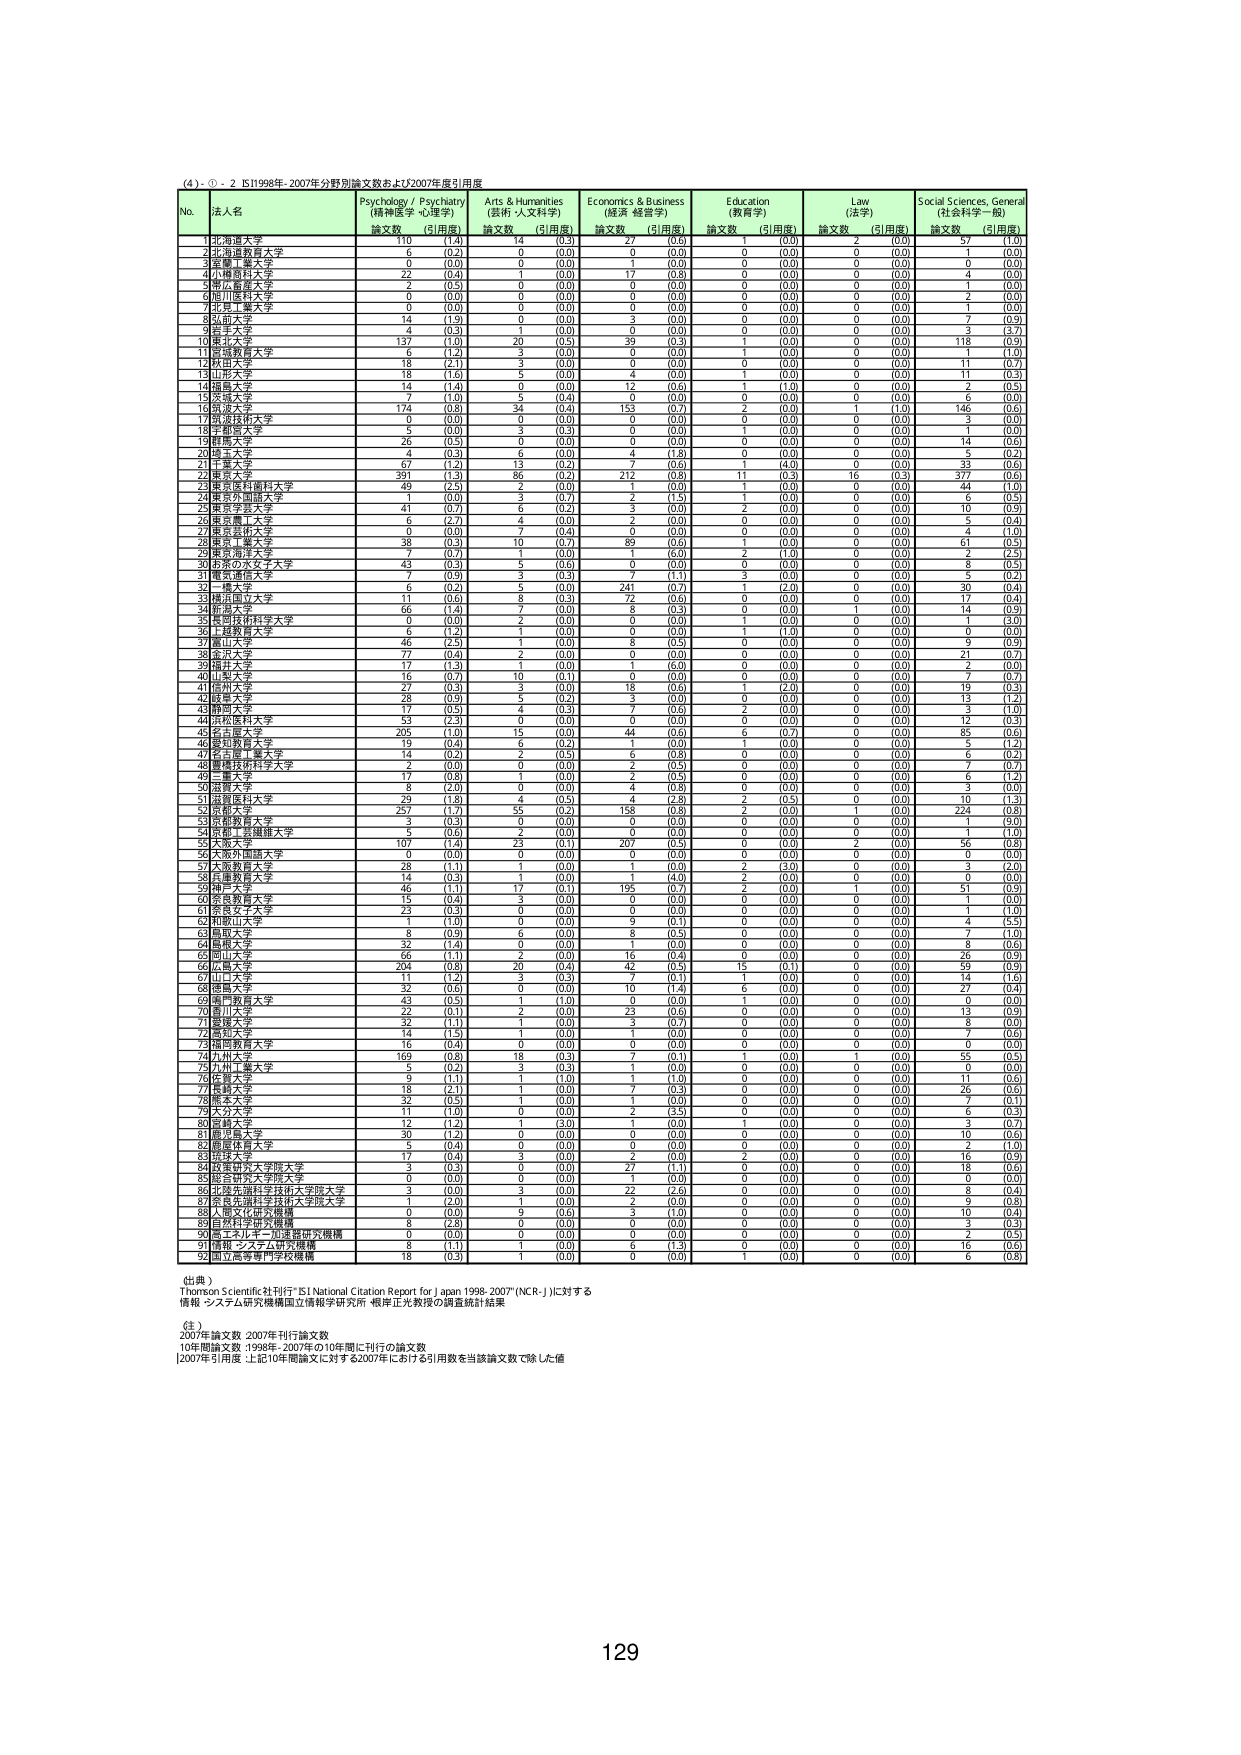
(4)・①・2 IS11998年-2007年分野別論文数および2007年度引用度

No. 法人名 Psychology / Psychiatry (精神医学・心理学) Arts & Humanities (芸術・人文科学) Economics & Business (経済・経営学) Education (教育学) Law (法学) Social Sciences, General (社会科学一般)
論文数 (引用度) 論文数 (引用度) 論文数 (引用度) 論文数 (引用度) 論文数 (引用度) 論文数 (引用度)
1 北海道大学 110 (1.4) 14 (0.3) 27 (0.6) 0 (0.0) 2 (0.0) 57 (1.6)
2 北海道教育大学 6 (0.2) 0 (0.0) 0 (0.0) 0 (0.0) 0 (0.0) 1 (0.0)
3 京都工芸繊維大学 0 (0.0) 0 (0.0) 1 (0.0) 0 (0.0) 0 (0.0) 0 (0.0)
4 小樽商科大学 22 (0.4) 1 (0.0) 17 (0.8) 0 (0.0) 0 (0.0) 4 (0.0)
5 札幌医科大学 2 (0.5) 0 (0.0) 0 (0.0) 0 (0.0) 0 (0.0) 1 (0.0)
6 旭川医科大学 0 (0.0) 0 (0.0) 0 (0.0) 0 (0.0) 0 (0.0) 2 (0.0)
7 北見工業大学 0 (0.0) 0 (0.0) 0 (0.0) 0 (0.0) 0 (0.0) 1 (0.0)
8 釧路大学 14 (1.9) 0 (0.0) 3 (0.0) 0 (0.0) 0 (0.0) 7 (0.9)
9 帯広大学 4 (0.3) 1 (0.0) 0 (0.0) 0 (0.0) 0 (0.0) 3 (3.7)
10 東北大学 137 (1.0) 20 (0.5) 39 (0.3) 1 (0.0) 0 (0.0) 118 (0.9)
11 宮城教育大学 6 (1.2) 3 (0.0) 0 (0.0) 1 (0.0) 0 (0.0) 61 (1.0)
12 秋田大学 18 (7.1) 3 (0.0) 0 (0.0) 0 (0.0) 0 (0.0) 11 (0.7)
13 山形大学 18 (1.6) 5 (0.0) 4 (0.0) 1 (0.0) 0 (0.0) 11 (0.3)
14 福島大学 14 (1.4) 0 (0.0) 12 (0.6) 1 (1.0) 0 (0.0) 2 (0.5)
15 茨城大学 7 (1.0) 5 (0.4) 0 (0.0) 0 (0.0) 0 (0.0) 6 (0.0)
16 筑波大学 174 (0.8) 34 (0.4) 153 (0.7) 2 (0.0) 1 (1.0) 146 (0.6)
17 筑波技術大学 0 (0.0) 0 (0.0) 0 (0.0) 0 (0.0) 0 (0.0) 3 (0.0)
18 宇都宮大学 5 (0.0) 3 (0.3) 0 (0.0) 1 (0.0) 0 (0.0) 1 (0.0)
19 群馬大学 26 (0.5) 0 (0.0) 0 (0.0) 0 (0.0) 0 (0.0) 14 (0.6)
20 埼玉大学 4 (0.3) 6 (0.0) 4 (1.8) 0 (0.0) 0 (0.0) 5 (0.2)
21 千葉大学 67 (1.2) 13 (0.2) 7 (0.6) 1 (4.0) 0 (0.0) 33 (0.6)
22 東京大学 391 (1.3) 86 (0.2) 212 (0.8) 11 (0.3) 16 (0.3) 377 (0.6)
23 東京医科歯科大学 49 (2.5) 2 (0.0) 1 (0.0) 1 (0.0) 0 (0.0) 44 (1.0)
24 東京外国語大学 1 (0.0) 3 (0.7) 2 (1.5) 1 (0.0) 0 (0.0) 6 (0.5)
25 東京学芸大学 41 (0.7) 6 (0.2) 3 (0.0) 0 (0.0) 0 (0.0) 10 (0.9)
26 東京農工大学 6 (2.7) 4 (0.0) 2 (0.0) 0 (0.0) 0 (0.0) 5 (0.4)
27 東京芸術大学 0 (0.0) 7 (0.4) 0 (0.0) 0 (0.0) 0 (0.0) 4 (1.0)
28 東京工業大学 38 (0.3) 10 (0.7) 89 (0.6) 1 (0.0) 0 (0.0) 61 (0.0)
29 東京海洋大学 7 (0.7) 1 (0.0) 1 (6.0) 2 (1.0) 0 (0.0) 2 (2.5)
30 お茶の水女子大学 43 (0.3) 5 (0.6) 0 (0.0) 0 (0.0) 0 (0.0) 8 (0.5)
31 電気通信大学 7 (0.9) 3 (0.3) 7 (1.1) 3 (0.0) 0 (0.0) 5 (0.2)
32 一橋大学 6 (0.2) 5 (0.0) 241 (0.7) 1 (2.0) 0 (0.0) 30 (0.4)
33 横浜国立大学 11 (0.6) 8 (0.3) 72 (0.6) 0 (0.0) 0 (0.0) 17 (0.4)
34 新潟大学 66 (1.4) 7 (0.0) 8 (0.3) 0 (0.0) 1 (0.0) 14 (0.9)
35 長岡技術科学大学 0 (0.0) 2 (0.0) 0 (0.0) 0 (0.0) 0 (0.0) 1 (3.0)
36 上越教育大学 6 (1.2) 1 (0.0) 0 (0.0) 1 (1.0) 0 (0.0) 0 (0.0)
37 富山大学 46 (2.5) 1 (0.0) 8 (0.5) 0 (0.0) 0 (0.0) 9 (0.9)
38 金沢大学 77 (0.4) 2 (0.0) 0 (0.0) 0 (0.0) 0 (0.0) 21 (0.7)
39 福井大学 17 (1.3) 1 (0.0) 1 (6.0) 0 (0.0) 0 (0.0) 2 (0.0)
40 山梨大学 16 (0.7) 10 (0.1) 0 (0.0) 0 (0.0) 0 (0.0) 7 (0.7)
41 静岡大学 27 (0.3) 3 (0.0) 18 (0.6) 1 (2.0) 0 (0.0) 19 (0.3)
42 愛知大学 26 (0.9) 5 (0.2) 3 (0.0) 0 (0.0) 0 (0.0) 13 (1.2)
43 静岡大学 17 (0.5) 4 (0.3) 7 (0.6) 2 (0.0) 0 (0.0) 3 (1.0)
44 浜松医科大学 53 (2.3) 0 (0.0) 0 (0.0) 0 (0.0) 0 (0.0) 12 (0.3)
45 名古屋大学 205 (1.0) 15 (1.0) 44 (0.6) 6 (0.7) 0 (0.0) 85 (0.6)
46 愛知教育大学 19 (0.4) 6 (0.2) 1 (0.0) 1 (0.0) 0 (0.0) 5 (1.2)
47 名古屋工業大学 14 (0.2) 2 (0.5) 6 (0.8) 0 (0.0) 0 (0.0) 6 (0.2)
48 愛知芸術短期大学 2 (0.0) 0 (0.0) 2 (0.5) 0 (0.0) 0 (0.0) 7 (0.9)
49 三重大学 17 (0.8) 1 (0.0) 2 (0.5) 0 (0.0) 0 (0.0) 6 (1.2)
50 滋賀大学 8 (2.0) 0 (0.0) 4 (0.8) 0 (0.0) 0 (0.0) 3 (0.0)
51 京都教育大学 29 (1.8) 4 (0.5) 4 (2.8) 2 (0.5) 0 (0.0) 10 (1.3)
52 京都大学 257 (1.7) 55 (0.2) 158 (0.8) 2 (0.0) 1 (0.0) 224 (0.8)
53 京都薬科大学 3 (0.3) 0 (0.0) 0 (0.0) 0 (0.0) 0 (0.0) 1 (9.0)
54 京都工芸繊維大学 5 (0.6) 2 (0.0) 0 (0.0) 0 (0.0) 0 (0.0) 0 (1.0)
55 大阪大学 107 (1.4) 23 (0.1) 207 (0.5) 2 (0.0) 2 (0.0) 56 (0.8)
56 大阪外国語大学 0 (0.0) 0 (0.0) 0 (0.0) 0 (0.0) 0 (0.0) 0 (0.0)
57 大阪教育大学 28 (1.1) 1 (0.0) 1 (0.0) 2 (3.0) 0 (0.0) 3 (2.0)
58 兵庫教育大学 14 (0.3) 1 (0.0) 2 (4.0) 0 (0.0) 0 (0.0) 0 (0.0)
59 神戸大学 46 (1.1) 17 (0.1) 195 (0.7) 2 (0.0) 1 (0.0) 51 (0.9)
60 奈良教育大学 15 (0.4) 3 (0.0) 0 (0.0) 0 (0.0) 0 (0.0) 1 (0.0)
61 奈良女子大学 23 (0.3) 0 (0.0) 0 (0.0) 0 (0.0) 0 (0.0) 1 (1.0)
62 和歌山大学 1 (1.0) 0 (0.0) 9 (0.1) 0 (0.0) 0 (0.0) 4 (5.3)
63 鳥取大学 8 (0.9) 6 (0.0) 8 (0.5) 0 (0.0) 0 (0.0) 7 (1.0)
64 島根大学 32 (1.4) 0 (0.0) 1 (0.0) 0 (0.0) 0 (0.0) 8 (0.6)
65 岡山大学 66 (1.1) 2 (0.0) 16 (0.4) 0 (0.0) 0 (0.0) 26 (0.9)
66 広島大学 204 (0.8) 20 (0.4) 42 (0.5) 15 (0.1) 0 (0.0) 59 (0.9)
67 山口大学 11 (1.2) 3 (0.3) 7 (0.1) 1 (0.0) 0 (0.0) 14 (1.6)
68 徳島大学 32 (0.6) 0 (0.0) 10 (1.4) 6 (0.0) 0 (0.0) 27 (0.4)
69 高知教育大学 43 (0.5) 1 (1.0) 0 (0.0) 1 (0.0) 0 (0.0) 0 (0.0)
70 香川大学 22 (0.1) 2 (0.0) 23 (0.6) 0 (0.0) 0 (0.0) 13 (0.9)
71 愛媛大学 32 (1.1) 1 (0.0) 3 (0.7) 0 (0.0) 0 (0.0) 8 (0.0)
72 高知大学 14 (1.5) 1 (0.0) 1 (0.0) 0 (0.0) 0 (0.0) 7 (0.6)
73 福岡教育大学 16 (0.4) 0 (0.0) 0 (0.0) 0 (0.0) 0 (0.0) 0 (0.0)
74 九州大学 169 (0.8) 18 (0.3) 7 (0.1) 1 (0.0) 1 (0.0) 55 (0.5)
75 九州工業大学 5 (0.2) 3 (0.3) 1 (0.0) 0 (0.0) 0 (0.0) 0 (0.0)
76 佐賀大学 9 (1.1) 1 (1.0) 1 (1.0) 0 (0.0) 0 (0.0) 11 (0.6)
77 長崎大学 18 (2.1) 1 (0.0) 7 (0.3) 0 (0.0) 0 (0.0) 26 (0.6)
78 熊本大学 32 (0.5) 1 (0.0) 1 (0.0) 0 (0.0) 0 (0.0) 7 (0.1)
79 大分大学 11 (1.0) 0 (0.0) 2 (3.5) 0 (0.0) 0 (0.0) 6 (0.3)
80 宮崎大学 12 (1.2) 1 (3.0) 1 (0.0) 1 (0.0) 0 (0.0) 3 (0.7)
81 鹿児島大学 30 (1.2) 0 (0.0) 0 (0.0) 0 (0.0) 0 (0.0) 10 (0.6)
82 沖縄県立大学 5 (0.4) 0 (0.0) 0 (0.0) 0 (0.0) 0 (0.0) 2 (1.0)
83 琉球大学 17 (0.4) 3 (0.0) 2 (0.0) 2 (0.0) 0 (0.0) 16 (0.9)
84 政策研究大学院大学 3 (0.3) 0 (0.0) 27 (1.1) 0 (0.0) 0 (0.0) 18 (0.6)
85 国立研究開発法人 0 (0.0) 0 (0.0) 1 (0.0) 0 (0.0) 0 (0.0) 0 (0.0)
86 北海道先端科学技術大学院大学 3 (0.0) 3 (0.0) 22 (2.6) 0 (0.0) 0 (0.0) 8 (0.4)
87 奈良先端科学技術大学院大学 1 (2.0) 1 (0.0) 2 (0.0) 0 (0.0) 0 (0.0) 9 (0.8)
88 人間文化研究機構 0 (0.0) 9 (0.6) 3 (1.0) 0 (0.0) 0 (0.0) 10 (0.4)
89 自然科学研究機構 8 (2.8) 0 (0.0) 0 (0.0) 0 (0.0) 0 (0.0) 3 (0.3)
90 高エネルギー加速器研究機構 0 (0.0) 0 (0.0) 0 (0.0) 0 (0.0) 0 (0.0) 2 (0.5)
91 情報・システム研究機構 8 (1.1) 1 (0.0) 6 (1.3) 0 (0.0) 0 (0.0) 16 (0.6)
92 国立高等専門学校機構 18 (0.3) 0 (0.0) 0 (0.0) 1 (0.0) 0 (0.0) 6 (0.8)

(出典)
Thomson Scientific社刊行"ISI National Citation Report for Japan 1998-2007"(NCR-J)に対する
情報・システム研究機構国立情報学研究所 根岸正光教授の調査統計結果

(注)
2007年論文数 2007年刊行論文数
10年間論文数 1998年-2007年の10年間に刊行の論文数
[2007年引用度] 上記10年間論文に対する2007年における引用数を当該論文数で除した値

129